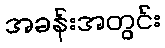
အခန်းအတွင်း